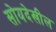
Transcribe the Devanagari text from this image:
सोयदेखील